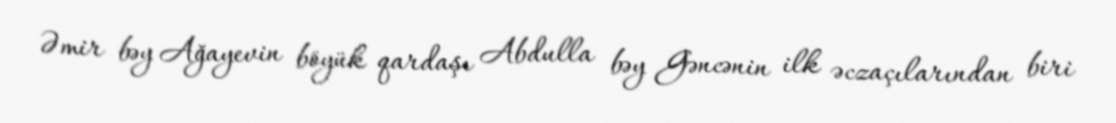
Əmir bəy Ağayevin böyük qardaşı Abdulla bəy Gəncənin ilk əczaçılarından biri